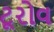
ટૂરોવ